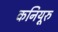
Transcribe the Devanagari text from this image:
कनियूरु